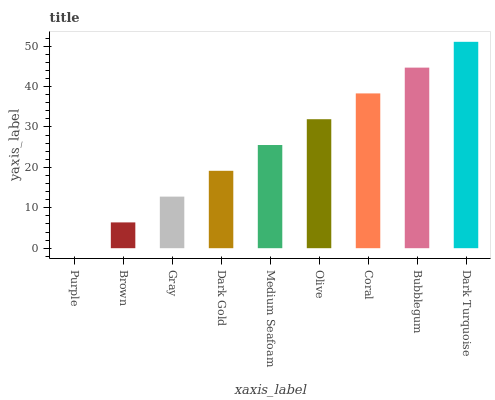
| xaxis_label | bars |
 | --- | --- |
 | Purple | 0 |
 | Brown | 6.39 |
 | Gray | 12.8 |
 | Dark Gold | 19.2 |
 | Medium Seafoam | 25.5 |
 | Olive | 31.9 |
 | Coral | 38.3 |
 | Bubblegum | 44.7 |
 | Dark Turquoise | 51.1 |